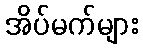
အိပ်မက်များ